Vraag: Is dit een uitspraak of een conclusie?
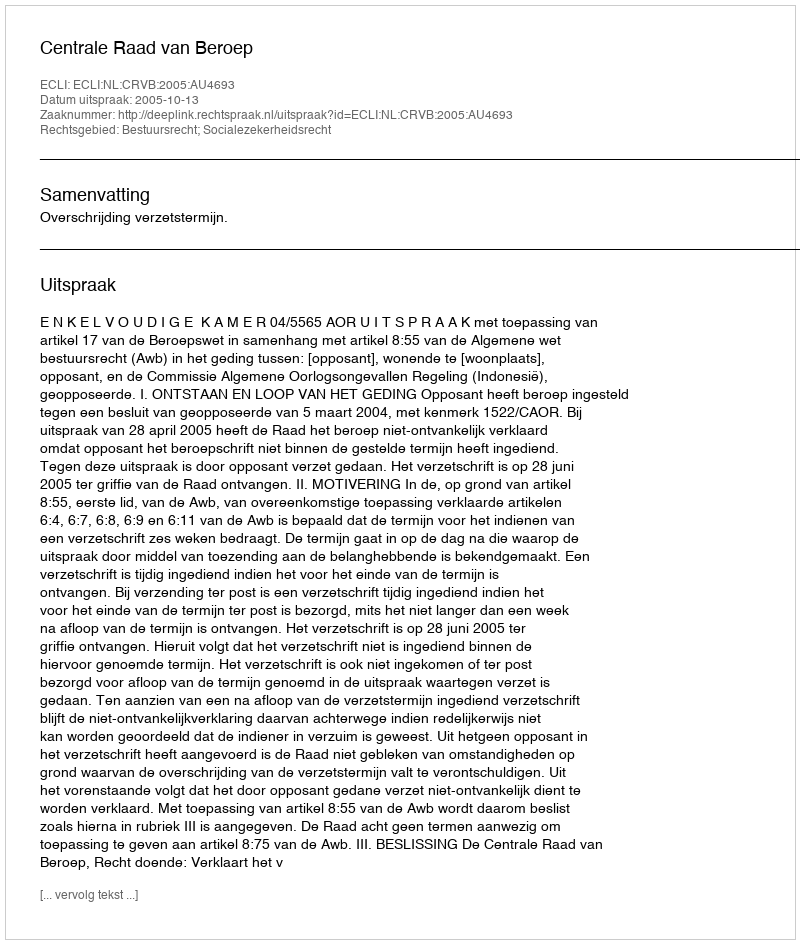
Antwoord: Uitspraak